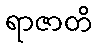
ရာဇာတိ